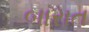
બારાત